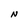
Character: N